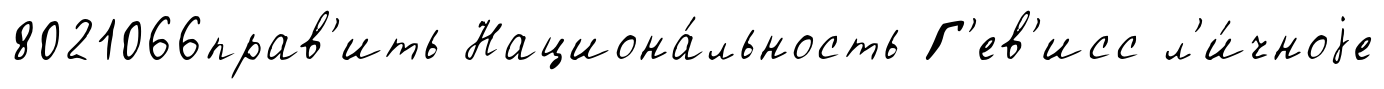
8021066прав'ить Национа́льность Г'ев'исс л'и́чноjе